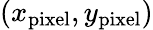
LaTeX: (x_{\mathrm{pixel}},y_{\mathrm{pixel}})